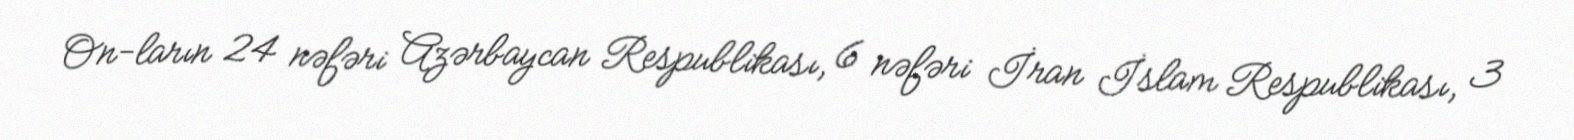
On­ların 24 nəfəri Azərbaycan Respublikası, 6 nəfəri İran İslam Respublikası, 3